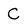
Character: C